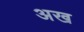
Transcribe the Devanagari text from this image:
अख